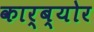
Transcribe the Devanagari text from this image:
कार्ब्योर